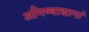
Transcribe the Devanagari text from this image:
अमिष्वाद्यानां